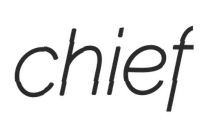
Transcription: chief